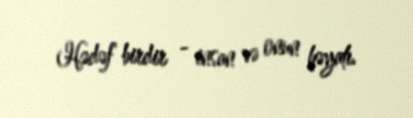
Hədəf birdir - insan və onun həyatı.